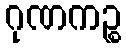
ဂုဏကဉ္စ